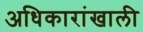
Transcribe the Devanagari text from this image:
अधिकारांखाली